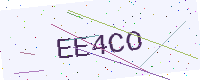
Text: EE4CO